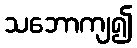
သဘောကျ၍